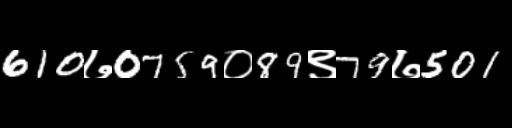
Text: 610७0759०89९79७501